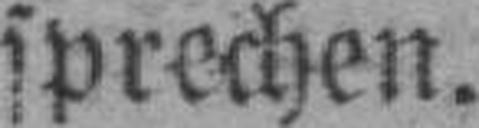
sprechen.